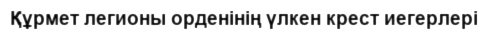
Құрмет легионы орденінің үлкен крест иегерлері